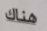
هناك